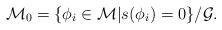
LaTeX: \begin{align*}{\cal M}_0=\{\phi_i\in{\cal M}|s(\phi_i)=0\}/{\cal G}.\end{align*}